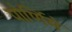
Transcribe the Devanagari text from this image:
पोर्णिमे